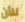
للأن